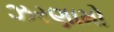
ઝરણામો